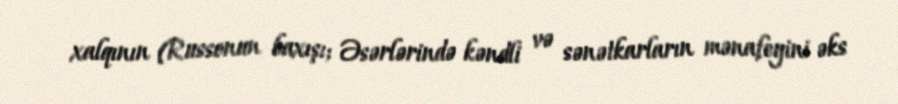
xalqının (Russonun baxışı; Əsərlərində kəndli və sənətkarların mənafeyini əks